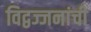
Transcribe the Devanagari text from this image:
विद्वज्जनांची